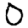
Digit: 0